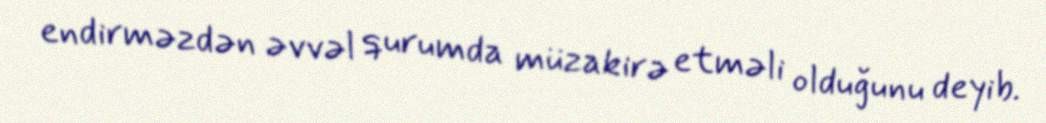
endirməzdən əvvəl qurumda müzakirə etməli olduğunu deyib.